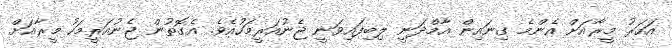
އަހަރު މީރާއަށް އެންމެ ގިނައިން އާމްދަނީ ލިބިފައިވަނީ ޖެނުއަރީމަހުއެވެ. އެގޮތުން ޖެނުއަރީމަހު މީރާއަށް